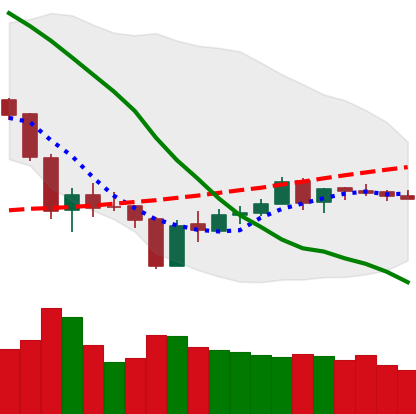
Ticker: ETH-USD
Chart end date: 2018-06-09
Forward return: -13.023%
Label: down_7plus